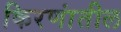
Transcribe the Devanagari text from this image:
किरणांतील